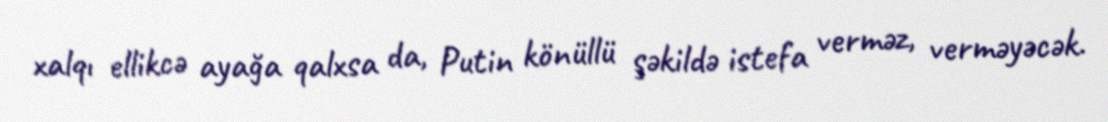
xalqı ellikcə ayağa qalxsa da, Putin könüllü şəkildə istefa verməz, verməyəcək.